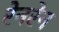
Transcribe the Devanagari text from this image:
रेनरेन